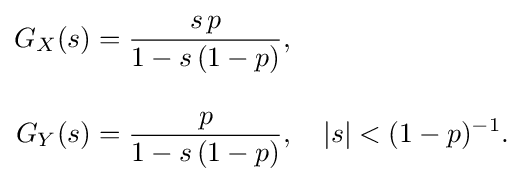
{\begin{aligned}G_{X}(s)&={\frac {s\,p}{1-s\,(1-p)}},\\[10pt]G_{Y}(s)&={\frac {p}{1-s\,(1-p)}},\quad |s|<(1-p)^{-1}.\end{aligned}}